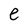
Character: e